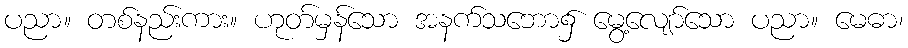
ပညာ။ တစ်နည်းကား။ ဟုတ်မှန်သော အနက်သဘော၌ မွေ့လျော်သော ပညာ။ မေဓာ၊